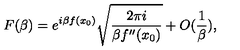
F ( \beta ) = e ^ { i \beta f ( x _ { 0 } ) } \sqrt { \frac { 2 \pi i } { \beta f ^ { \prime \prime } ( x _ { 0 } ) } } + O ( \frac { 1 } { \beta } ) ,